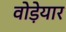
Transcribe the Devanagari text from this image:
वोड़ेयार